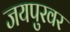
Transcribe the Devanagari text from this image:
जयपुरवर